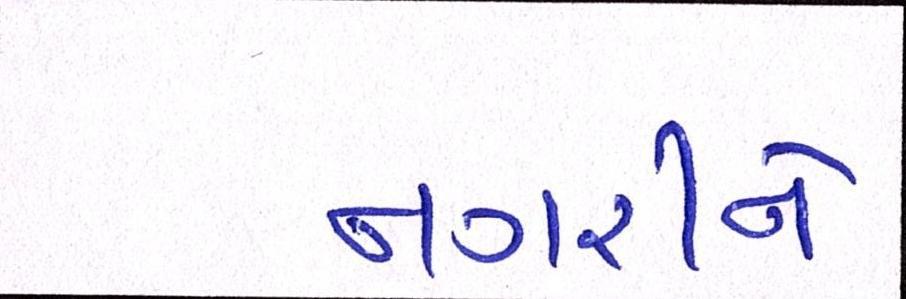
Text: નગરીને